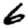
Digit: 6